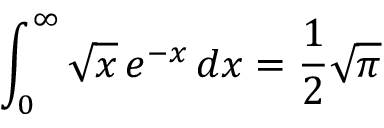
\int _ { 0 } ^ { \infty } { \sqrt { x } } \, e ^ { - x } \, d x = { \frac { 1 } { 2 } } { \sqrt { \pi } }